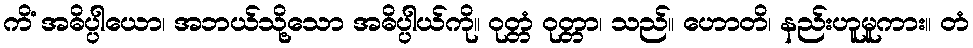
ကိံ အဓိပ္ပါယော၊ အဘယ်သို့သော အဓိပ္ပါယ်ကို။ ဝုတ္တံ ဝုတ္တာ၊ သည်။ ဟောတိ၊ နည်းဟူမူကား။ တံ